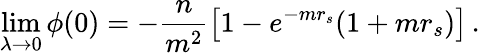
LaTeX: \operatorname*{lim}_{\lambda\to 0}\phi(0)=-\frac n{m^{2}}\left[1-e^{-mr_{s}}(1+mr_{s})\right]\, .